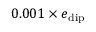
0 . 0 0 1 \times e _ { \mathrm { d i p } }